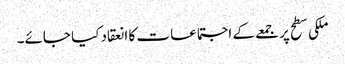
ملکی سطح پر جمعے کے اجتماعات کا انعقاد کیا جائے۔